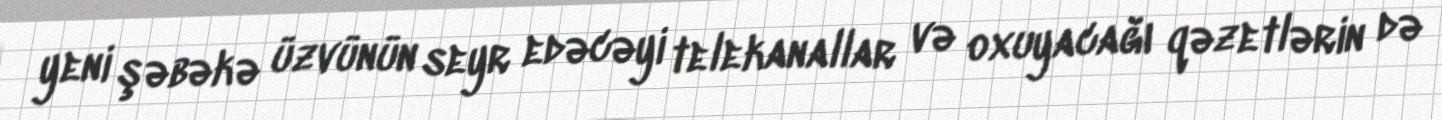
yeni şəbəkə üzvünün seyr edəcəyi telekanallar və oxuyacağı qəzetlərin də